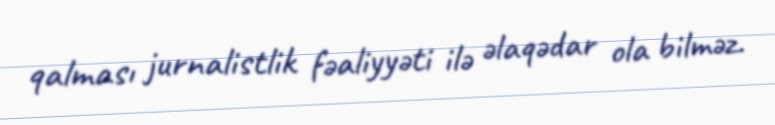
qalması jurnalistlik fəaliyyəti ilə əlaqədar ola bilməz.